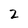
Character: 2